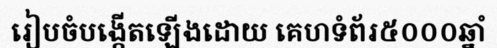
រៀបចំបង្កើតឡើងដោយ គេហទំព័រ៥០០០ឆ្នាំ